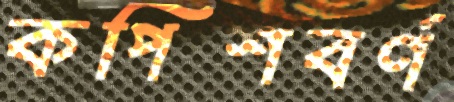
কপিশবর্ণ